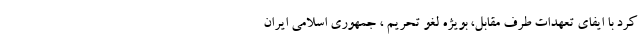
کرد با ایفای تعهدات طرف مقابل، بویژه لغو تحریم ، جمهوری اسلامی ایران